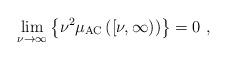
LaTeX: \begin{align*}\lim_{\nu \rightarrow \infty }\left\{ \nu ^{2}\mu _{\mathrm{AC}}\left( \left[\nu ,\infty \right) \right) \right\} =0\ , \end{align*}